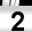
Digit: 2